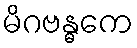
မိဂဗန္ဓကေ